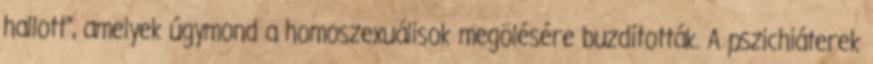
hallott", amelyek úgymond a homoszexuálisok megölésére buzdították. A pszichiáterek